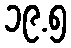
၁၉.၅